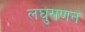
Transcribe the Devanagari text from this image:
लघुगणन